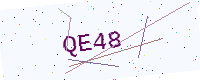
Text: QE48